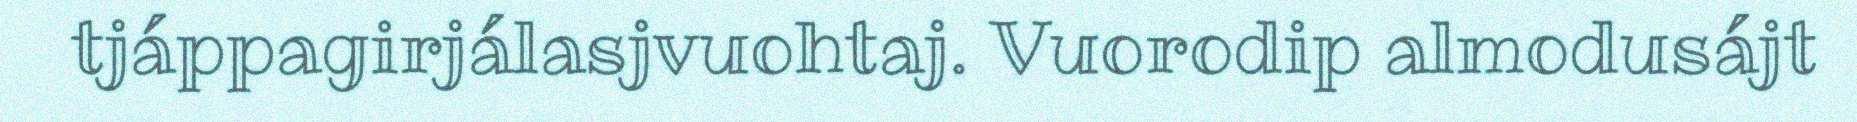
tjáppagirjálasjvuohtaj. Vuorodip almodusájt